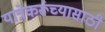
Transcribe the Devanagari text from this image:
यात्रेकरूंच्यासाठी